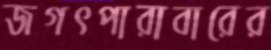
জগৎপারাবারের